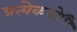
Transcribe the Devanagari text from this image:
प्रत्येकबोधि